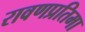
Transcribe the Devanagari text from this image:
रावणप्रतिमा